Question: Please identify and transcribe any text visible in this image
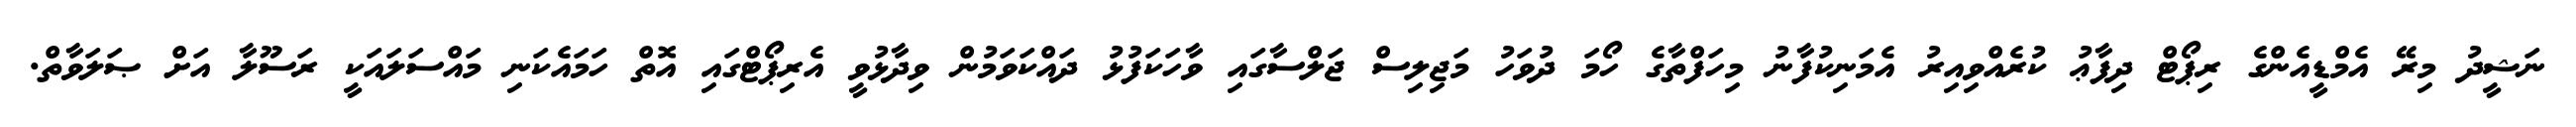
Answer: ނަޝީދު މިރޭ އެމްޑީއެންގެ ރިޕޯޓް ދިފާޢު ކުރެއްވިއިރު އެމަނިކުފާނު މިހަފްތާގެ ހޯމަ ދުވަހު މަޖިލިސް ޖަލްސާގައި ވާހަކަފުޅު ދައްކަވަމުން ވިދާޅުވީ އެރިޕޯޓްގައި އޮތް ހަމައެކަނި މައްސަލައަކީ ރަސޫލާ އަށް ޞަލަވާތް.